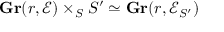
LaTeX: \mathbf { G r } ( r , { \mathcal { E } } ) \times _ { S } S ^ { \prime } \simeq \mathbf { G r } ( r , { \mathcal { E } } _ { S ^ { \prime } } )